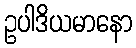
ဥပါဒိယမာနော